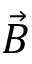
\vec { B }